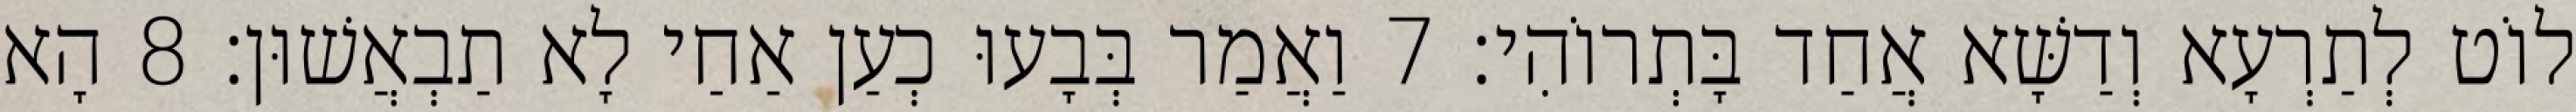
לוֹט לְתַרְעָא וְדַשָּׁא אֲחַד בָּתְרוֹהִי׃ 7 וַאֲמַר בְּבָעוּ כְעַן אַחַי לָא תַבְאֲשׁוּן׃ 8 הָא